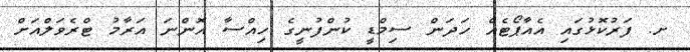
ށ. ފަރުކޮޅުގައި އެއާޕޯޓެއް ހަދަން ސިމްޑީ ކުންފުނީގެ ހިއްސާ އޮންނަ އަރާމު ޓްރެވަލްއަށް